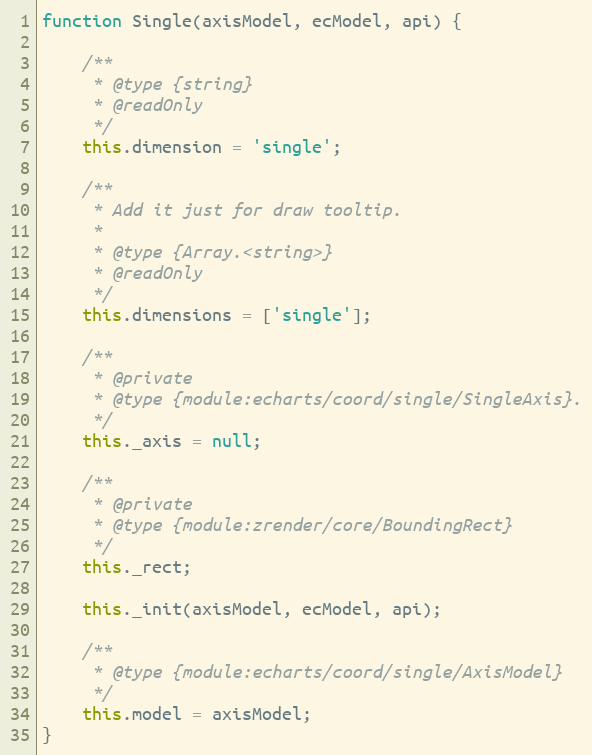
Language: JavaScript
function Single(axisModel, ecModel, api) {

    /**
     * @type {string}
     * @readOnly
     */
    this.dimension = 'single';

    /**
     * Add it just for draw tooltip.
     *
     * @type {Array.<string>}
     * @readOnly
     */
    this.dimensions = ['single'];

    /**
     * @private
     * @type {module:echarts/coord/single/SingleAxis}.
     */
    this._axis = null;

    /**
     * @private
     * @type {module:zrender/core/BoundingRect}
     */
    this._rect;

    this._init(axisModel, ecModel, api);

    /**
     * @type {module:echarts/coord/single/AxisModel}
     */
    this.model = axisModel;
}